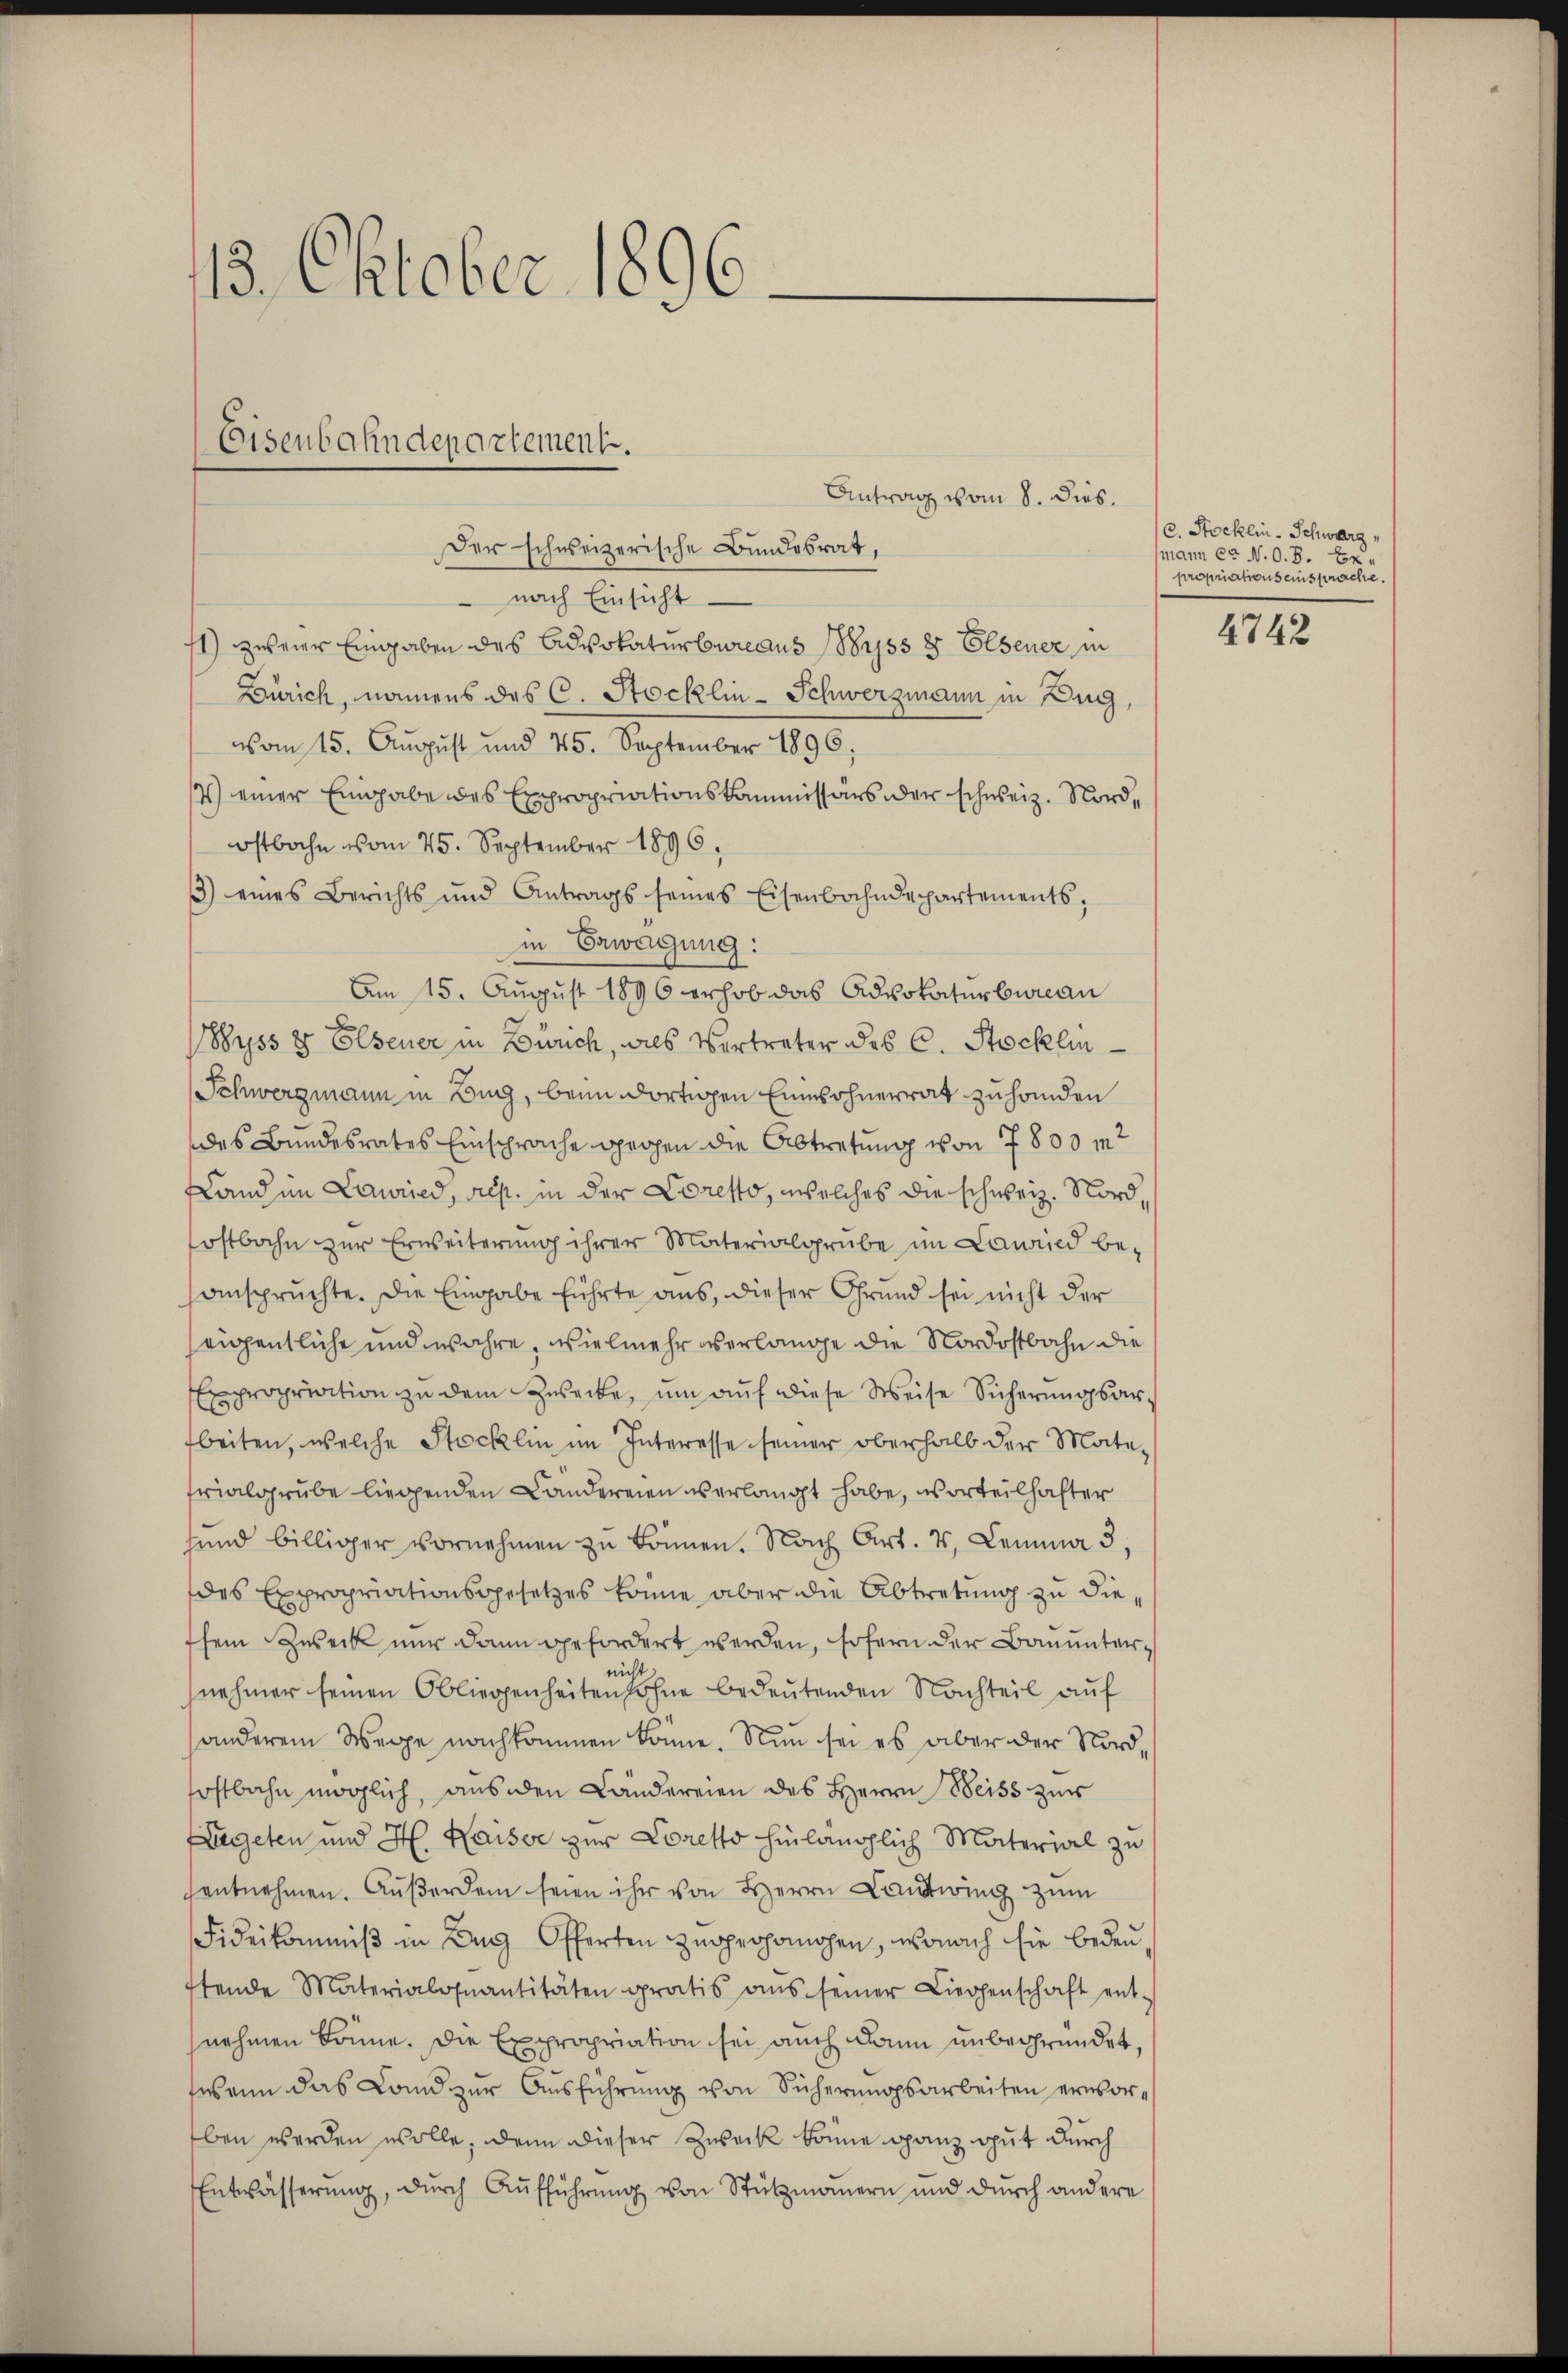
13. Oktober 1896

Eisenbahndepartement.

Antrag vom 8. Dies.
Der schweizerische Bundesrat,
 nach Einsicht
1) zweier Eingaben des Advokaturbureaus Wyss 8 Elsener in
Zürich, namens des C. Stocklin-Schwerzmann in Zug,
vom 15. Aŭgust und 75. September 1896;
4) einer Eingabe des Expropriationskommissärs oder schweiz. Nordostbahn vom 25. September 1896,
3) eines Berichts und Antrags seines Eisenbahndepartements:
in Erwägung:
Am 15. August 1896 erhob das Advokaturbureau
Wyss 8 Elsener in Zürich, als Vertreter des C. Stocklin
Schwerzmann in Burg, beim dortigen Einwohnerrat zu handen
des Bundesrates Einsprache gegen die Abtretung von 7800 m2
slanden Lauried, res. in der Loretto, welches die schweiz. Nord,
sostbahn zur Erweiterung ihrer Materialgrube im Lauried beanspruchte. Die Eingabe führte aus, dieser Grund sei nicht der
seigentliche und wahre, vielmehr überlange die Nordostbahn die
Empropriation zu dem Zwecke, um auf diese Weise Sicherungsarbeiten, welche Stocklin im Interesse seiner oberhalb der Mate-
frialgrube liegenden Landereien verlangt habe, vorteilhafter
sind billiger vornehmen zŭ können. Nach Art. 4, Lemma 3,
des Expropriationsgesetzes könne aber die Abtretung zu diesein Zweck nur dann gefordert werden, sofern der Bauuntereich
nehmer seinen Obliegenheiten Sohne bedeutenden Nachteil auf
anderem Wege nachkommen könne. Nun sei es aber der Nordhostbahn möglich, aus den Ländereien des Herrn Weiss zur
Aegeten und H. Kaiser zur Loretto hinlänglich Material zu
hantnehmen. Außerdem seien ihr von Herrn Landtwing zum
Fideikommiβ in Aug Offerten zugeohomogen, wonach sie bedeuftende Materialouantitäten gratis aŭs seiner Liegenschaft ent-
nehmen Brünne. Die Expropriation sei auch dann unbegründet,
wann das Land zur Ausführung von Sicherungsarbeiten ernsorben werden wolle, denn dieser Zweck könne ganz gut durch
Entwässerung, durch Aufführung von Stützmannern und durch andere

C. Stocklin-Schwarz,
mann er N. O. B. Ex.
propriations einsprache

4742